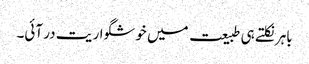
باہر نکلتے ہی طبیعت میں خوشگوار یت در آئی۔